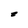
Character: z